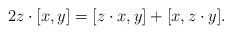
\begin{align*}2z\cdot [x,y]=[z\cdot x,y]+[x,z\cdot y].\end{align*}